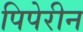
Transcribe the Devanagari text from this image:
पिपेरीन